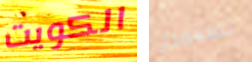
الكويت تستمري